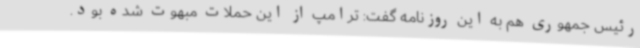
رئیس جمهوری هم به این روزنامه گفت: ترامپ از این حملات مبهوت شده بود.